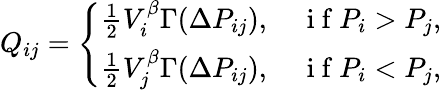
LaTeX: Q_{ij}=\left\{ \begin{array}{ll}{\frac{1}{2}V_{i}^{\beta}\Gamma(\Delta P_{ij}),\quad\mathrm{~i~f~}P_{i}>P_{j},}\\ {\frac{1}{2}V_{j}^{\beta}\Gamma(\Delta P_{ij}),\quad\mathrm{~i~f~}P_{i}<P_{j},}\end{array}\right.